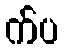
က်ပ